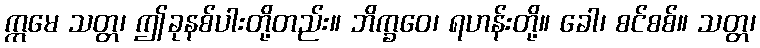
ဣမေ သတ္တ၊ ဤခုနစ်ပါးတို့တည်း။ ဘိက္ခဝေ၊ ရဟန်းတို့။ ခေါ၊ စင်စစ်။ သတ္တ၊